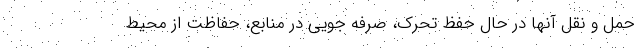
حمل و نقل آنها در حال حفظ تحرک، صرفه جویی در منابع، حفاظت از محیط